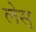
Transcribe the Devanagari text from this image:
लेस्